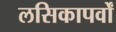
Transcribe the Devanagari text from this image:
लसिकापर्वों